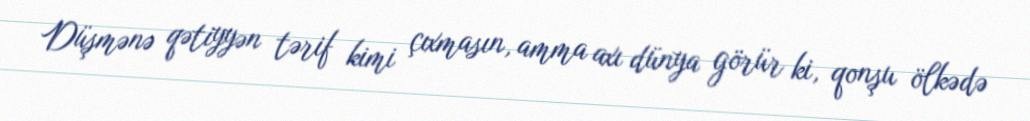
Düşmənə qətiyyən tərif kimi çıxmasın, amma axı dünya görür ki, qonşu ölkədə